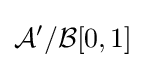
{\mathcal {A}}'/{\mathcal {B}}[0,1]